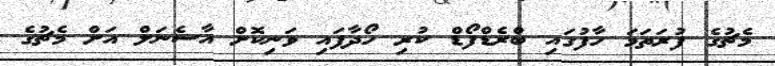
މެޗުގެ ފުރަތަމަ ހާފުގައި ބްރެޑްފޯޑް ކުރި ހޯދާފައި ވަނިކޮށް އާސެނަލް އަށް މެޗުގެ